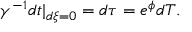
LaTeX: \gamma ^ { - 1 } d t | _ { d \xi = 0 } = d \tau = e ^ { \phi } d T .